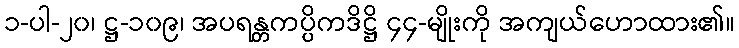
၁-ပါ-၂၀၊ ဋ္ဌ-၁၀၉၊ အပရန္တကပ္ပိကဒိဋ္ဌိ ၄၄-မျိုးကို အကျယ်ဟောထား၏။